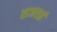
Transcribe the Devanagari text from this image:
राजराई